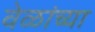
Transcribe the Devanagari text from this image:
वेळांच्या